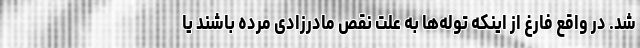
شد. در واقع فارغ از اینکه توله‌ها به علت نقص مادرزادی مرده باشند یا